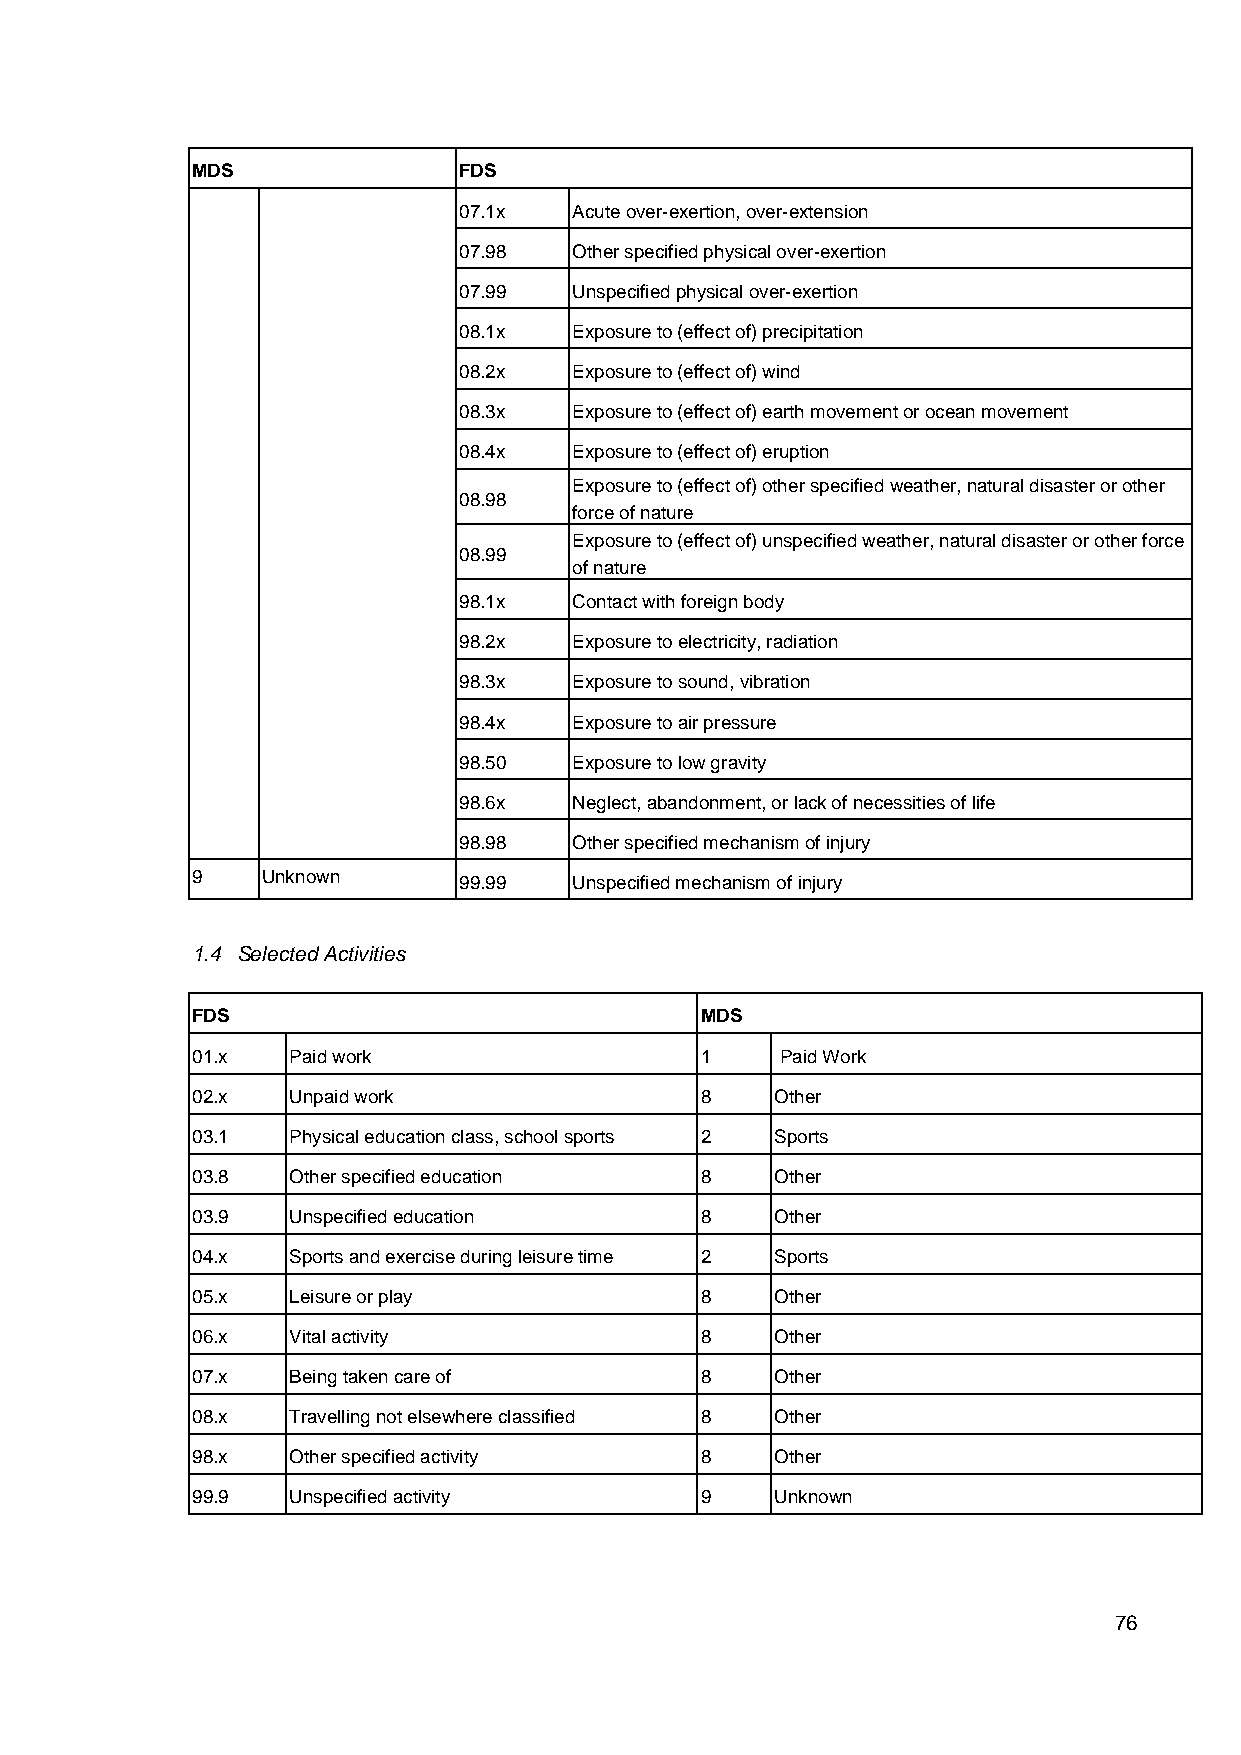
MDS              FDS
 07.1x   Acute over-exertion, over-extension
 07.98   Other specified physical over-exertion
 07.99   Unspecified physical over-exertion
 08.1x   Exposure to (effect of) precipitation
 08.2x   Exposure to (effect of) wind
 08.3x   Exposure to (effect of) earth movement or ocean movement
 08.4x   Exposure to (effect of) eruption
 Exposure to (effect of) other specified weather, natural disaster or other
 08.98
 force of nature
 Exposure to (effect of) unspecified weather, natural disaster or other force
 08.99
 of nature
 98.1x   Contact with foreign body
 98.2x   Exposure to electricity, radiation
 98.3x   Exposure to sound, vibration
 98.4x   Exposure to air pressure
 98.50   Exposure to low gravity
 98.6x   Neglect, abandonment, or lack of necessities of life
 98.98   Other specified mechanism of injury
 9   Unknown      99.99   Unspecified mechanism of injury
 1.4 Selected Activities
 FDS                              MDS
 01.x  Paid work                  1     Paid Work
 02.x  Unpaid work                8    Other
 03.1  Physical education class, school sports 2 Sports
 03.8  Other specified education  8    Other
 03.9  Unspecified education      8    Other
 04.x  Sports and exercise during leisure time 2 Sports
 05.x  Leisure or play            8    Other
 06.x  Vital activity             8    Other
 07.x  Being taken care of        8    Other
 08.x  Travelling not elsewhere classified 8 Other
 98.x  Other specified activity   8    Other
 99.9  Unspecified activity       9    Unknown
 76